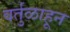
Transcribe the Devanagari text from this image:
वर्तुळाहून